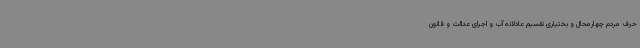
حرف مردم چهارمحال و بختیاری تقسیم عادلانه آب و اجرای عدالت و قانون